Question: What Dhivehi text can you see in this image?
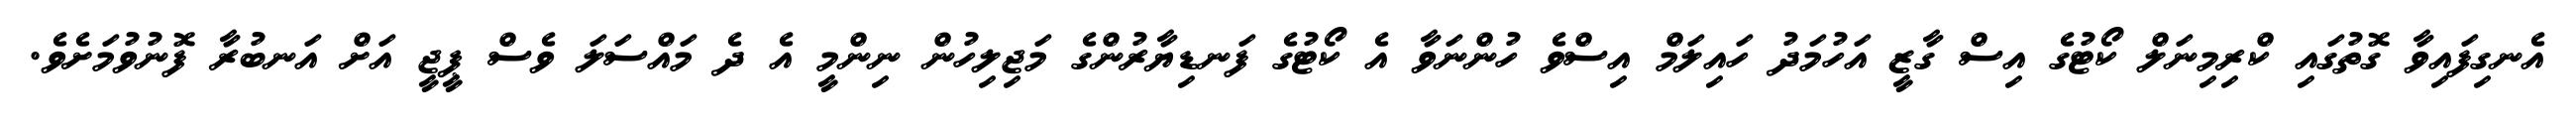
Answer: އެނގިފައިވާ ގޮތުގައި ކްރިމިނަލް ކޯޓުގެ އިސް ގާޒީ އަހުމަދު ހައިލަމް އިސްވެ ހުންނަވާ އެ ކޯޓުގެ ފަނޑިޔާރުންގެ މަޖިލިހުން ނިންމީ އެ ދެ މައްސަލަ ވެސް ޕީޖީ އަށް އަނބުރާ ފޮނުވުމަށެވެ.